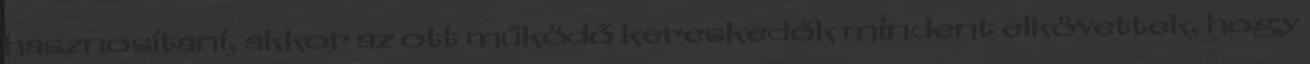
hasznosítani, akkor az ott működő kereskedők mindent elkövettek, hogy